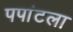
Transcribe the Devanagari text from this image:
पपांटला